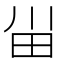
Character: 𰢸